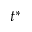
t ^ { * }